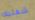
شفتيك